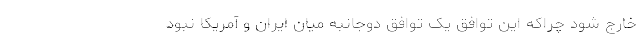
خارج شود چراکه این توافق یک توافق دوجانبه میان ایران و آمریکا نبود